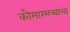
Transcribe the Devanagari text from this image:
कौमारभच्चांचा